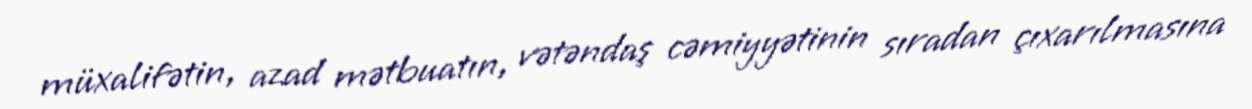
müxalifətin, azad mətbuatın, vətəndaş cəmiyyətinin sıradan çıxarılmasına